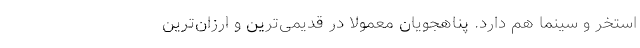
استخر و سینما هم دارد. پناهجویان معمولا در قدیمی‌ترین و ارزان‌ترین